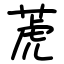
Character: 萀